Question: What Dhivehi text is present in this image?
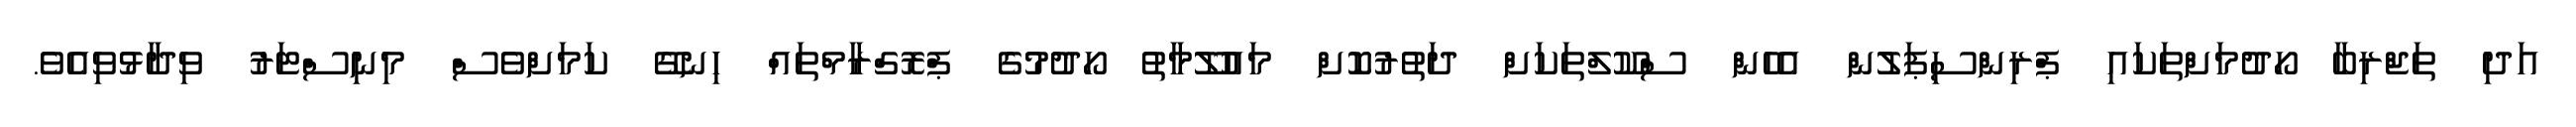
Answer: އަދި ތަޖްރިބާ ހޯދުމަށްތަކައި ޕްރިންސިޕަލުން އެހެން ސްކޫލްތަކަށް ދަތުރުކޮށް މައުލޫމާތު ހޯދުމުގެ ޕްރޮގްރާމްތައް ހިނގޭ ކަމަށްވެސް މިނިސްޓަރު ވިދާޅުވިއެވެ.